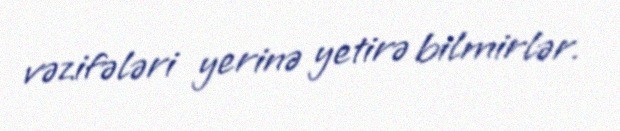
vəzifələri yerinə yetirə bilmirlər.